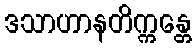
ဒသာဟာနတိက္ကန္တေ